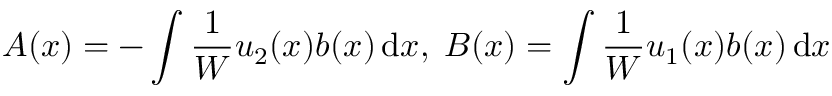
A ( x ) = - \int { \frac { 1 } { W } } u _ { 2 } ( x ) b ( x ) \, \mathrm { d } x , \; B ( x ) = \int { \frac { 1 } { W } } u _ { 1 } ( x ) b ( x ) \, \mathrm { d } x